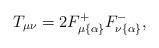
LaTeX: \begin{align*}T_{\mu\nu}=2F^+_{\mu\{\alpha\}}F^-_{\nu\{\alpha\}},\end{align*}